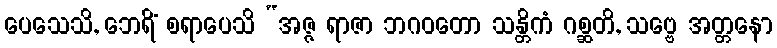
ပေသေသိ, ဘေရိံ စရာပေသိ “အဇ္ဇ ရာဇာ ဘဂဝတော သန္တိကံ ဂစ္ဆတိ, သဗ္ဗေ အတ္တနော